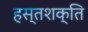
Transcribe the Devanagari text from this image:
हस्तशक्ति